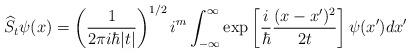
LaTeX: \begin{align*}\widehat{S}_{t}\psi(x)=\left( \frac{1}{2\pi i\hbar|t|}\right) ^{1/2}i^{m}\int_{-\infty}^{\infty}\exp\left[ \frac{i}{\hbar}\frac{(x-x^{\prime})^{2}}{2t}\right] \psi(x^{\prime})dx^{\prime} \end{align*}